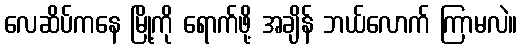
လေဆိပ်ကနေ မြို့ကို ရောက်ဖို့ အချိန် ဘယ်လောက် ကြာမလဲ။